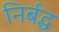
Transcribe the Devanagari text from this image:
निर्बद्ध